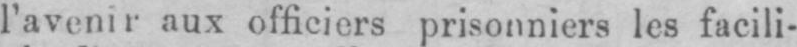
l’avenir aux officiers prisonniers les facili-